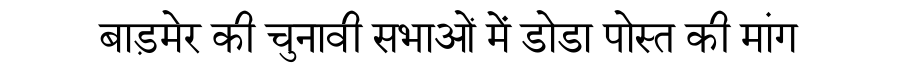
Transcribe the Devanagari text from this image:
बाड़मेर की चुनावी सभाओं में डोडा पोस्त की मांग